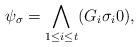
LaTeX: \begin{align*}\psi_\sigma = \bigwedge_{1 \leq i \leq t} (G_i \sigma_i 0),\end{align*}